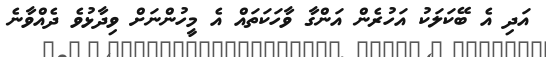
އަދި އެ ބޭކަލަކު އަހުރެން އަންގާ ވާހަކަތައް އެ މީހުންނަށް ވިދާޅުވެ ދެއްވާނެ